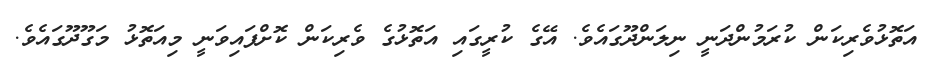
އަތޮޅުވެރިކަން ކުރަމުންދަނީ ނިލަންދޫގައެވެ. އޭގެ ކުރީގައި އަތޮޅުގެ ވެރިކަން ކޮށްފައިވަނީ މިއަތޮޅު މަގޫދޫގައެވެ.